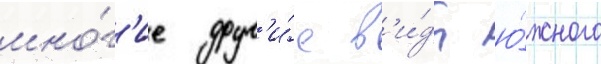
мно́г'ие друг'и́е в'и́ды ю́жного